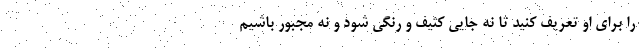
را برای او تعریف کنید تا نه جایی کثیف و رنگی شود و نه مجبور باشیم